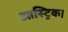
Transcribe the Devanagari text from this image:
आस्ट्रिक।